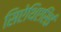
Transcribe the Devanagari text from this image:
सिऐथिएसिई